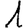
Digit: 1